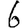
Digit: 6